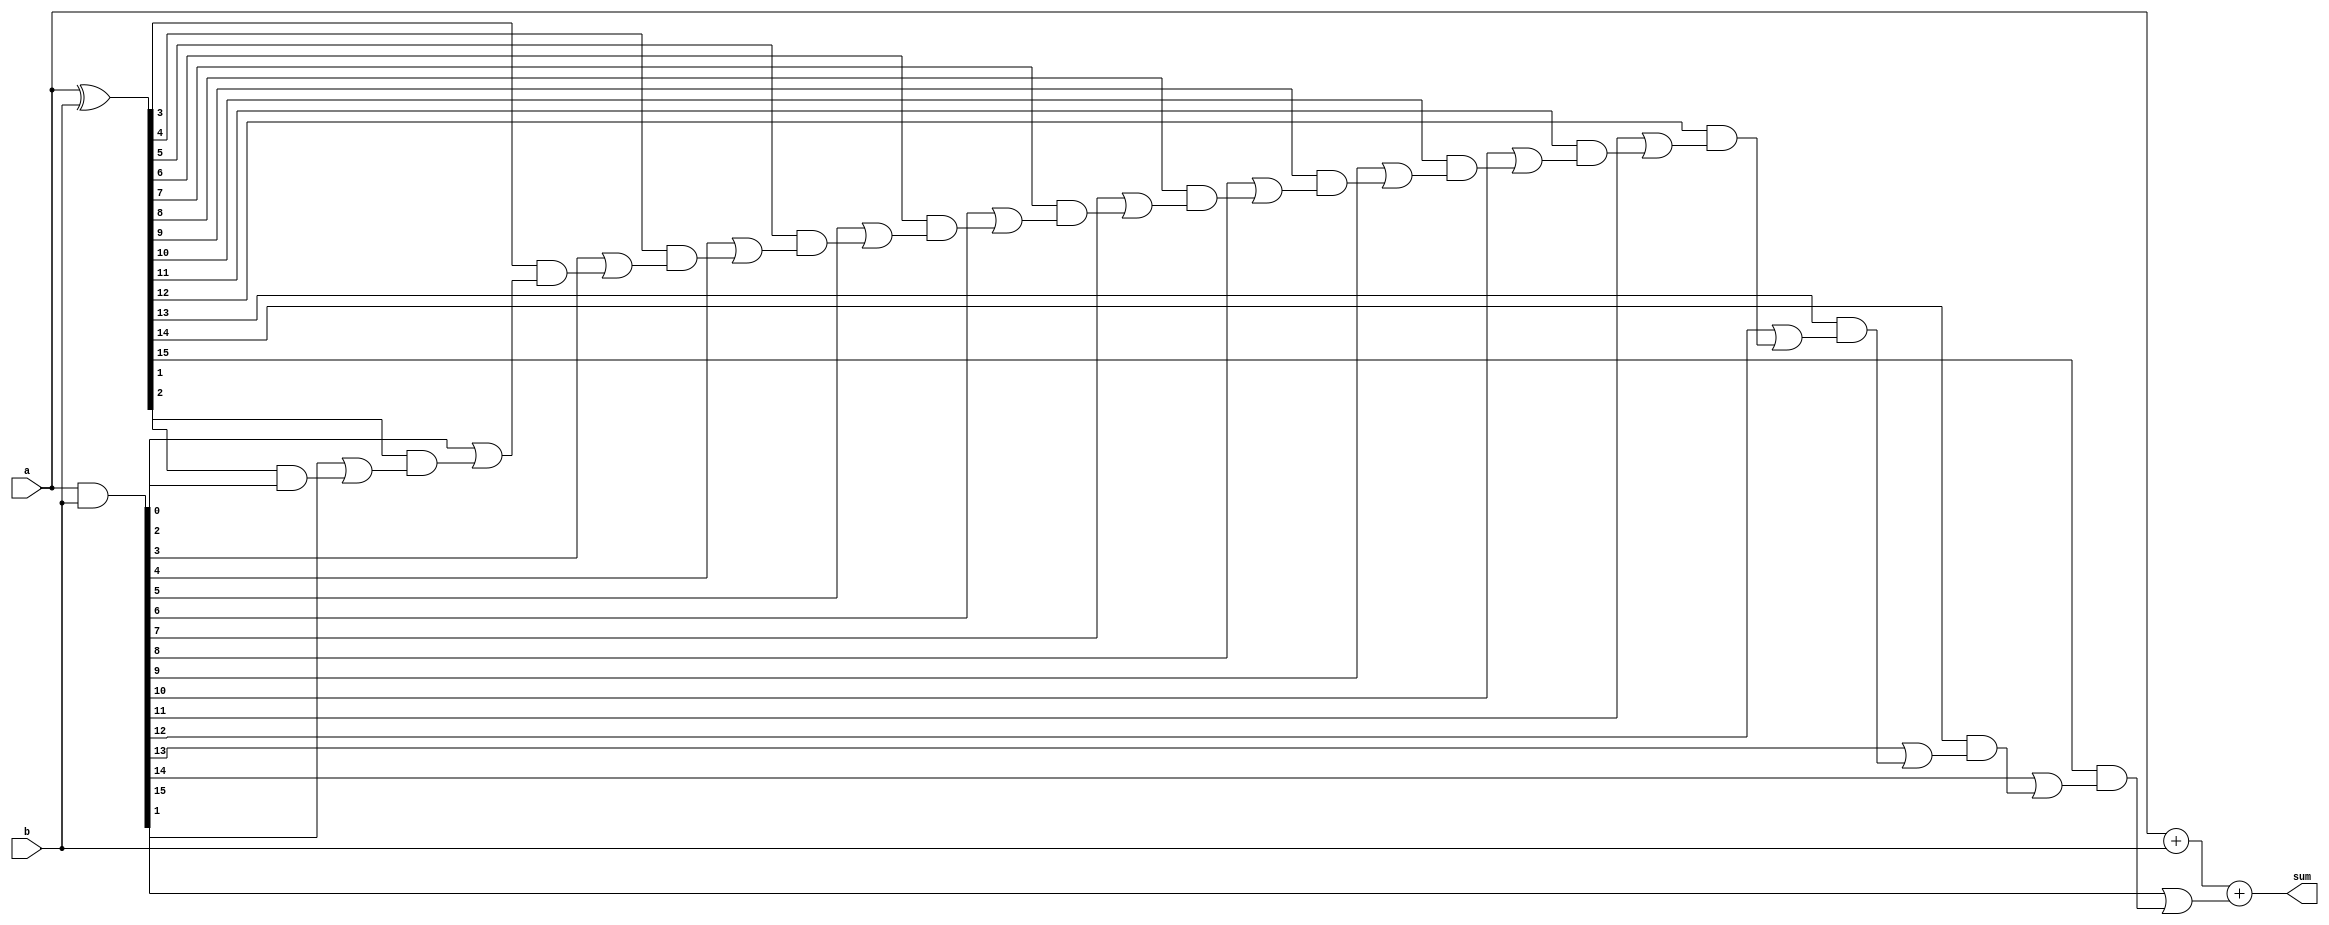
module carry_select_adder (
    input [15:0] a,
    input [15:0] b,
    output [15:0] sum
);

wire [16:0] c;
wire [15:0] p, g;

assign p = a ^ b;
assign g = a & b;

assign c[0] = 1'b0;
genvar i;
generate
    for (i = 0; i < 16; i = i + 1) begin
        assign c[i+1] = g[i] | (p[i] & c[i]);
    end
endgenerate

assign sum = a + b + c[16];

endmodule